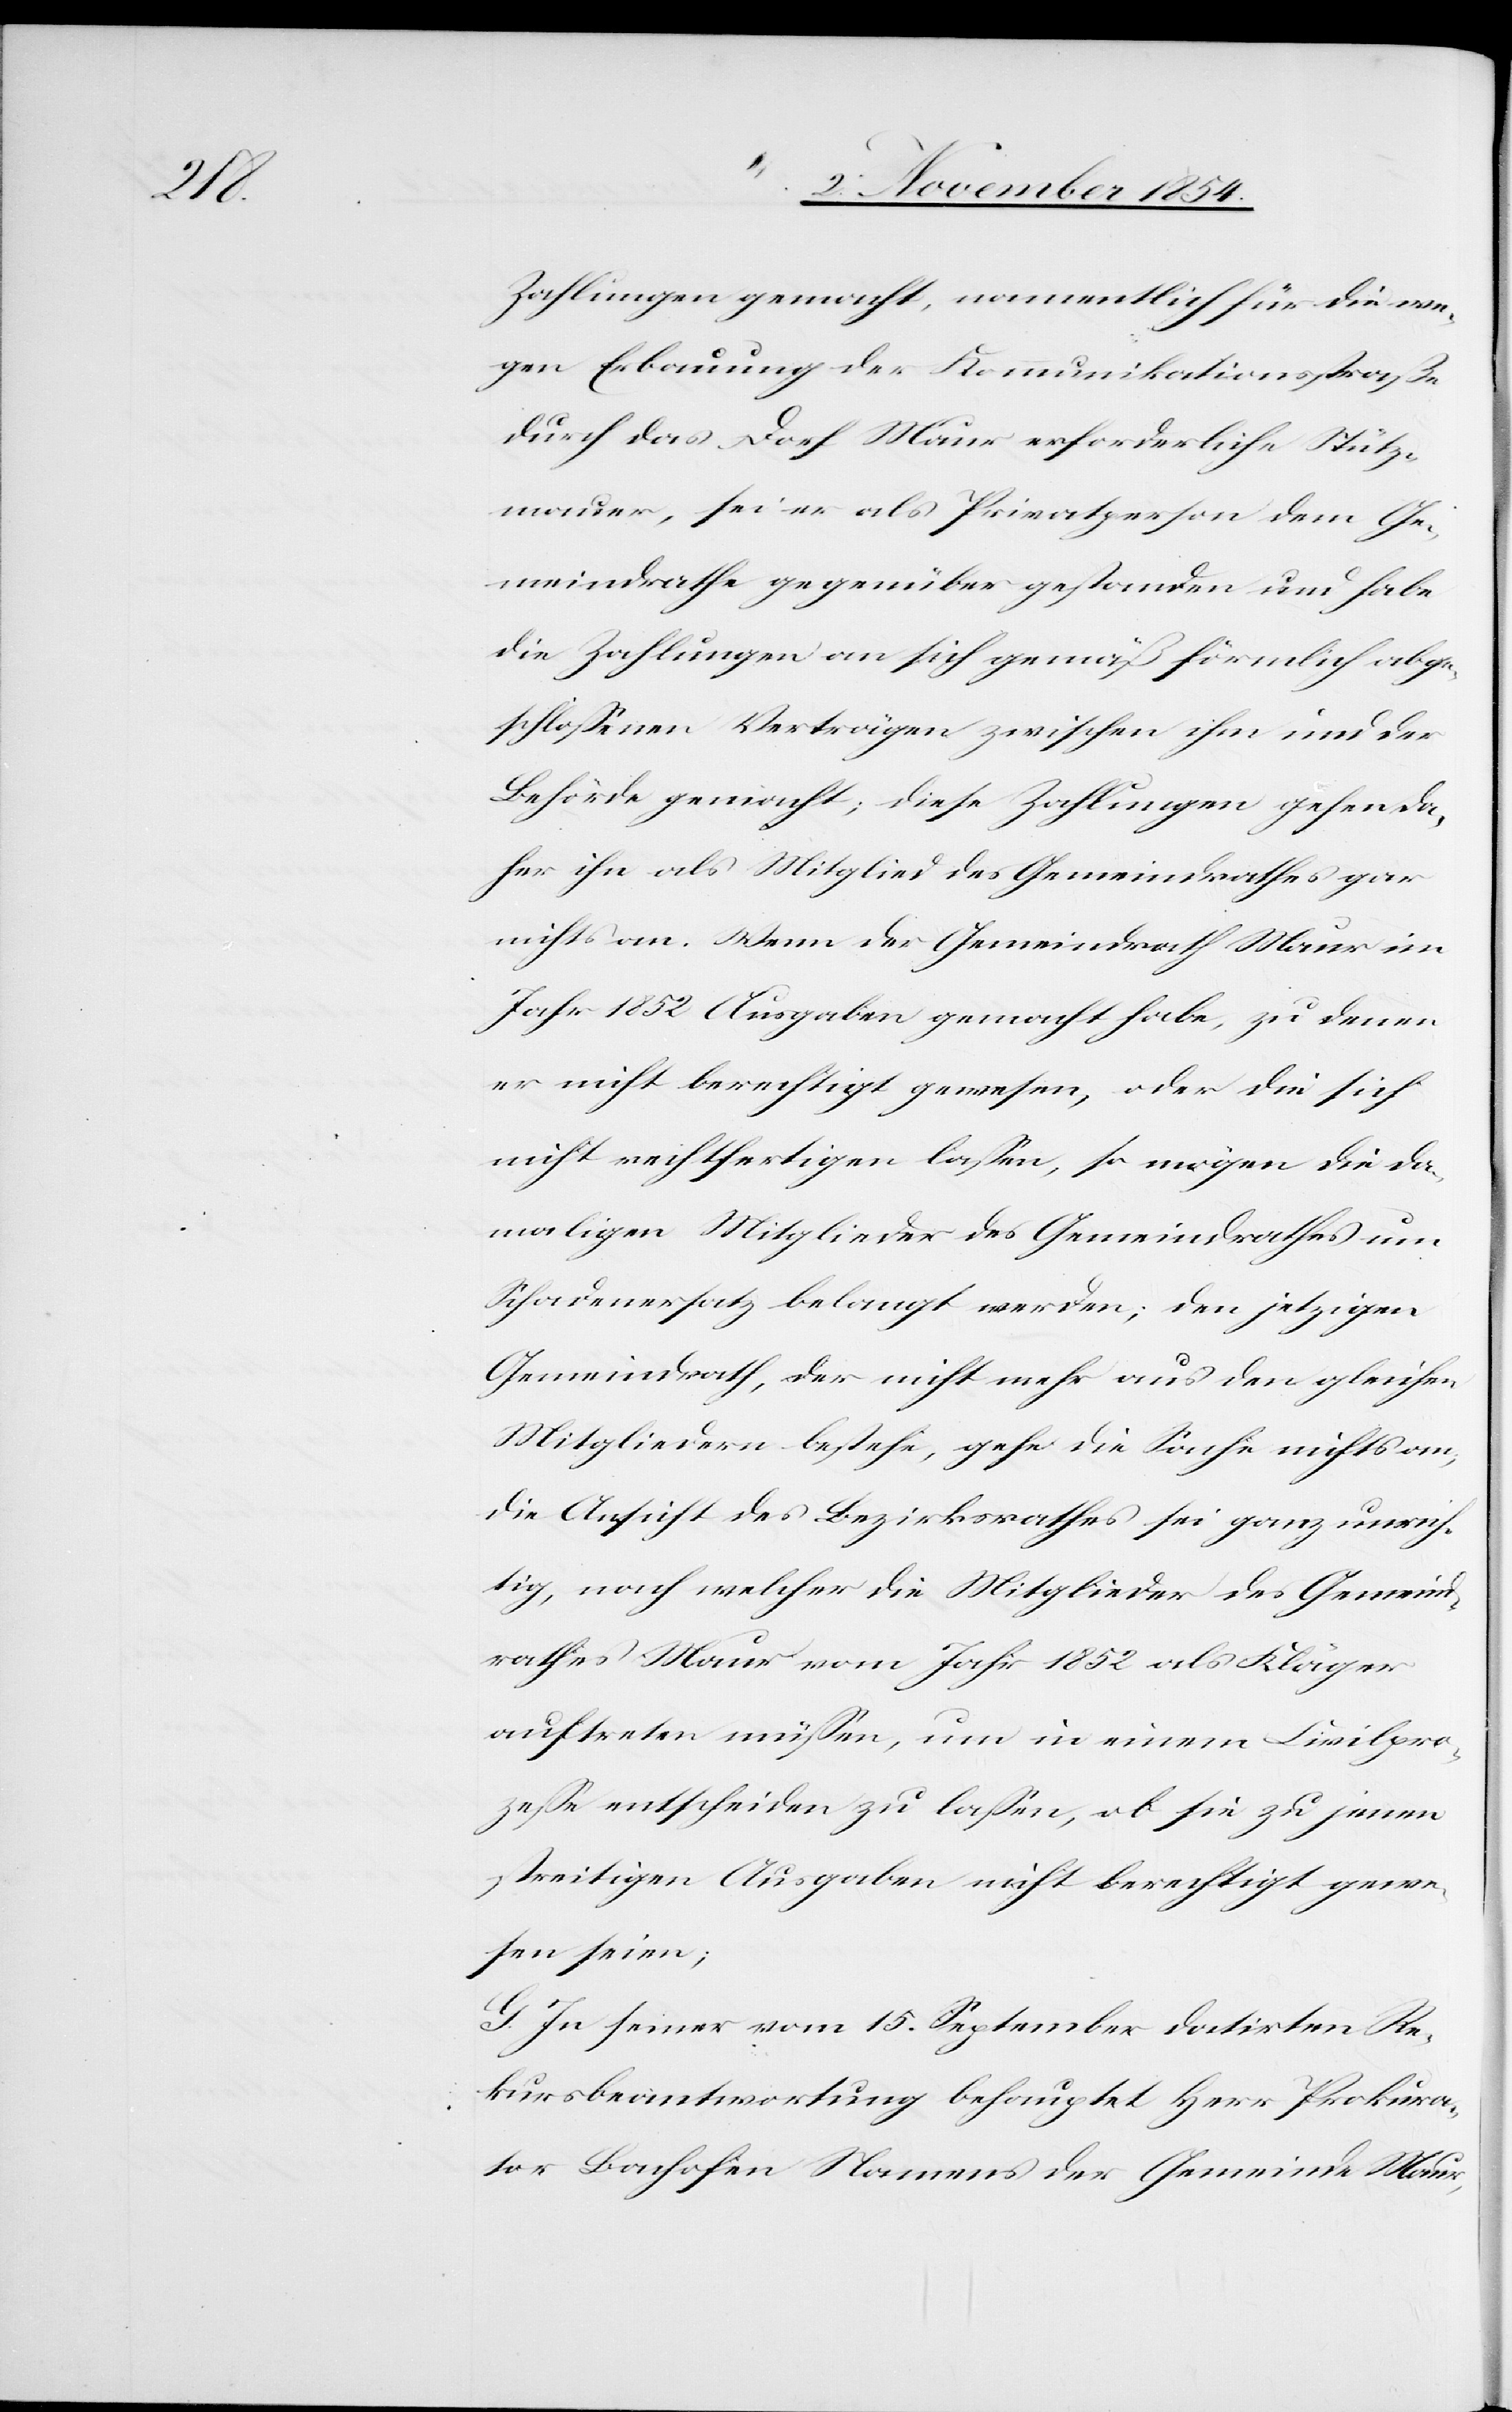
Zahlungen gemacht, namentlich für die we¬
gen Erbauung der Kommunikationsstraße
durch das Dorf Maur erforderliche Stütz¬
mauer, sei er als Privatperson dem Ge¬
meindrathe gegenüber gestanden und habe
die Zahlungen an sich gemäß förmlich abge¬
schloßenen Verträgen zwischen ihm und der
Behörde gemacht; diese Zahlungen gehen da¬
her ihn als Mitglied des Gemeindrathes gar
nichts an. Wenn der Gemeindrath Maur im
Jahr 1852 Ausgaben gemacht habe, zu denen
er nicht berechtigt gewesen, oder die sich
nicht rechtfertigen laßen, so mögen die da¬
maligen Mitglieder des Gemeindrathes um
Schadenersatz belangt werden; den jetzigen
Gemeindrath, der nicht mehr aus den gleichen
Mitgliedern bestehe, gehe die Sache nichts an;
die Ansicht des Bezirksrathes sei ganz unrich¬
tig, nach welcher die Mitglieder des Gemeind¬
rathes Maur vom Jahr 1852 als Kläger
auftreten müßen, um in einem Civilpro¬
zeße entscheiden zu laßen, ob sie zu jenen
streitigen Ausgaben nicht berechtigt gewe¬
sen seien;
G. In seiner vom 15. September datirten Re¬
kursbeantwortung behauptet Herr Prokura¬
tor Bachofen Namens der Gemeinde Maur,